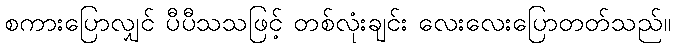
စကားပြောလျှင် ပီပီသသဖြင့် တစ်လုံးချင်း လေးလေးပြောတတ်သည်။